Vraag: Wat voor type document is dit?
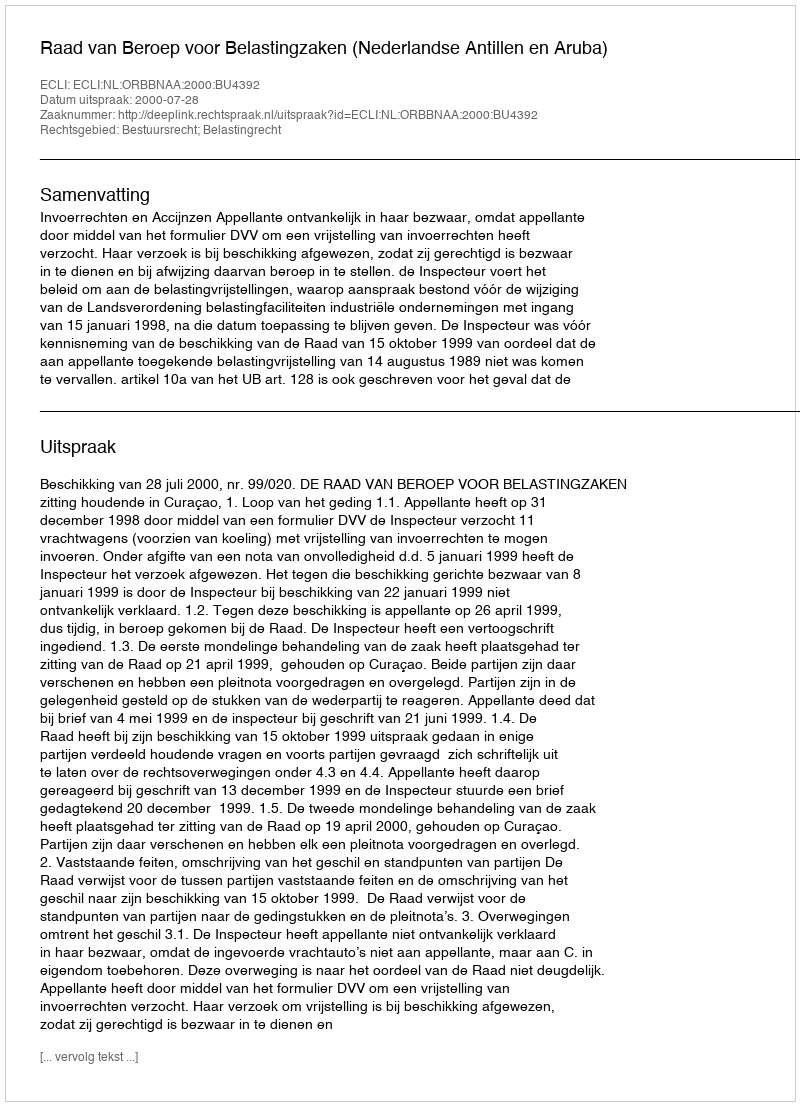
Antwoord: Uitspraak